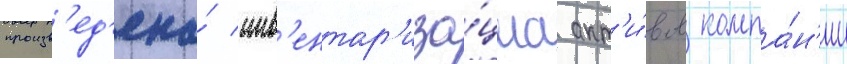
произв'ед'ена́ инв'ентар'иза́циа акт'и́вов компа́н'ии